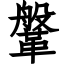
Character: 鞶